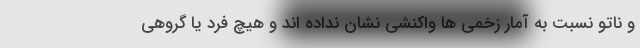
و ناتو نسبت به آمار زخمی ها واکنشی نشان نداده اند و هیچ فرد یا گروهی